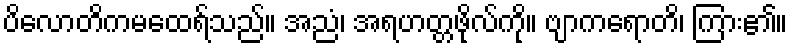
ပိလောတိကမထေရ်သည်။ အညံ၊ အရဟတ္တဖိုလ်ကို။ ဗျာကရောတိ၊ ကြား၏။